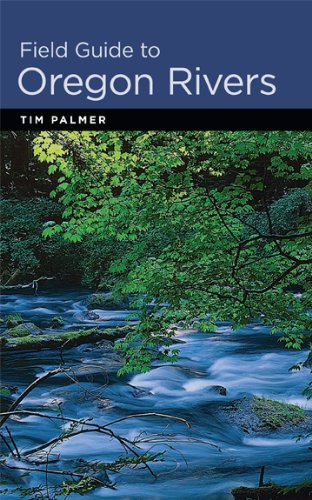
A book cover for Field Guide to Oregon Rivers; Tim Palmer; Sports & Outdoors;